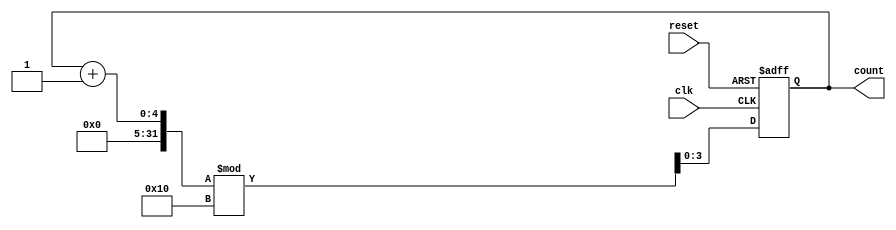
module binary_counter #(
    parameter N = 4 // Number of bits for the counter (2^N states)
) (
    input wire clk,      // Clock signal
    input wire reset,    // Asynchronous active-high reset
    output reg [N-1:0] count // Current state (output)
);

// State transition on clock
always @(posedge clk or posedge reset) begin
    if (reset) begin
        count <= 0; // Reset the counter to 0
    end else begin
        count <= (count + 1) % (1 << N); // Increment and wrap around
    end
end

endmodule